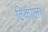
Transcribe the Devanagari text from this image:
टिकाला